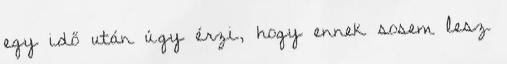
egy idő után úgy érzi, hogy ennek sosem lesz